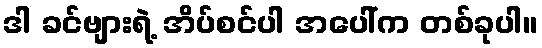
ဒါ ခင်ဗျားရဲ့ အိပ်စင်ပါ အပေါ်က တစ်ခုပါ။